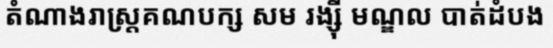
តំណាងរាស្ត្រគណបក្ស សម រង្ស៊ី មណ្ឌល បាត់ដំបង